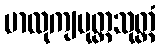
မာလုကျပုတ္တသုတ္တံ